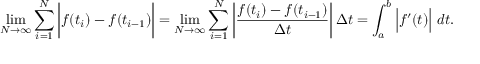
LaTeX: \operatorname* { l i m } _ { N \to \infty } \sum _ { i = 1 } ^ { N } { \bigg | } f ( t _ { i } ) - f ( t _ { i - 1 } ) { \bigg | } = \operatorname* { l i m } _ { N \to \infty } \sum _ { i = 1 } ^ { N } \left| { \frac { f ( t _ { i } ) - f ( t _ { i - 1 } ) } { \Delta t } } \right| \Delta t = \int _ { a } ^ { b } { \Big | } f ^ { \prime } ( t ) { \Big | } \ d t .